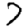
Digit: 7